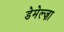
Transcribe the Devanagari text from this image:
डेमेल्ज़ा